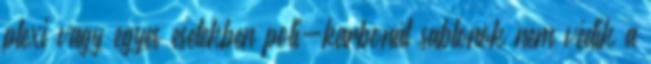
plexi vagy egyes esetekben poli-karbonát sablonok nem védik a